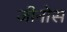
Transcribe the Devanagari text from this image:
जीनोस